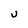
Character: U